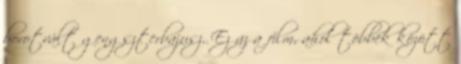
borotvált gengszterbajusz. Ez az a film, ahol többek között